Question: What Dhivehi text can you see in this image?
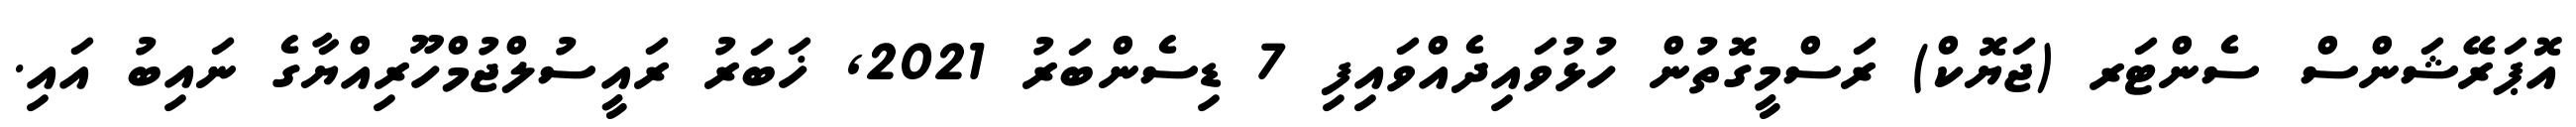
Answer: އޮޕަރޭޝަންސް ސެންޓަރ (ޖަޔޮކް) ރަސްމީގޮތުން ހުޅުވައިދެއްވައިފި 7 ޑިސެންބަރު 2021, ޚަބަރު ރައީސުލްޖުމްހޫރިއްޔާގެ ނައިބު އައި.